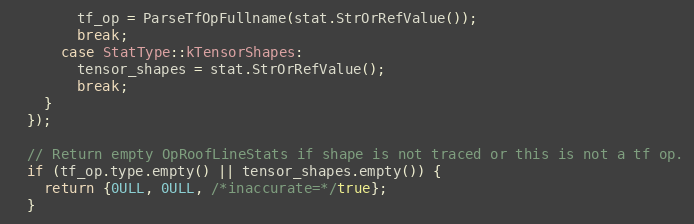
Language: C++
        tf_op = ParseTfOpFullname(stat.StrOrRefValue());
        break;
      case StatType::kTensorShapes:
        tensor_shapes = stat.StrOrRefValue();
        break;
    }
  });

  // Return empty OpRoofLineStats if shape is not traced or this is not a tf op.
  if (tf_op.type.empty() || tensor_shapes.empty()) {
    return {0ULL, 0ULL, /*inaccurate=*/true};
  }